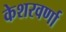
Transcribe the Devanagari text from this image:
केशरवर्णा